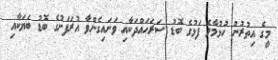
މީގެ އިތުރުން ހުޅުމާލެ ފަޅުގެ ބޮޑު ސަރަހައްދަކާއި ވަށައިގެންވާ އުރަފަށުގެ ބޮޑު ބަޔަކާއި